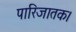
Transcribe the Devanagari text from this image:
पारिजातक।